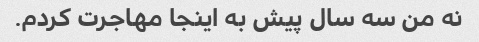
نه من سه سال پیش به اینجا مهاجرت کردم.